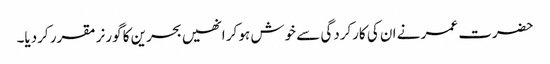
حضرت عمر نے ان کی کارکردگی سے خوش ہو کر انھیں بحرین کا گورنر مقرر کردیا۔